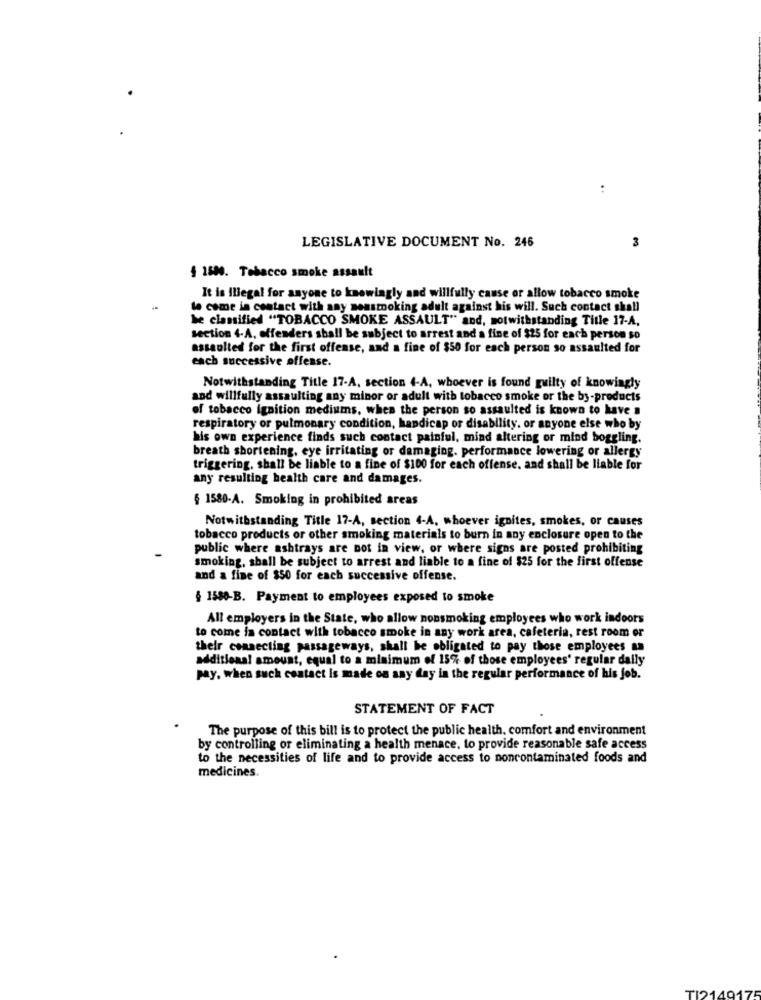
LEGISLATIVE DOCUMENT No. 246
3
§ 1500. Tobacco smoke assault
It is Illegal for anyone to knowingly and willfully cause or allow tobacco smoke
to come in contact with any nonsmoking adult against his will. Such contact shall
be classified "TOBACCO SMOKE ASSAULT" and, notwithstanding Title 17-A,
section 4-A, offenders shall be subject to arrest and a fine of $25 for each person so
assaulted for the first offense, and a fine of $50 for each person so assaulted for
each successive offense.
Notwithstanding Title 17-A, section 4-A, whoever is found guilty of knowingly
and willfully assaulting any minor or adult with tobacco smoke or the by-products
of tobacco ignition mediums, when the person so assaulted is known to have a
respiratory or pulmonary condition, handicap or disability. or anyone else who by
his own experience finds such contact painful, mind altering or mind boggling.
breath shortening, eye irritating or damaging. performance lowering or allergy
triggering, shall be liable to a fine of $100 for each offense, and shall be liable for
any resulting health care and damages.
§ 1580-A. Smoking in prohibited areas
Notwithstanding Title 17-A, section 4-A, whoever ignites, smokes, or causes
tobacco products or other smoking materials to burn in any enclosure open to the
public where ashtrays are not in view, or where signs are posted prohibiting
smoking, shall be subject to arrest and liable to a fine of $25 for the first offense
and a fine of $50 for each successive offense.
§ 1588-B. Payment to employees exposed to smoke
All employers in the State, who allow nonsmoking employees who work indoors
to come in contact with tobacco smoke in any work area, cafeteria, rest room or
their connecting passageways, shall be obligated to pay those employees an
additional amount, equal to a minimum of 15% of those employees' regular daily
pay. when such contact is made on any day in the regular performance of his job.
STATEMENT OF FACT
The purpose of this bill is to protect the public health, comfort and environment
by controlling or eliminating a health menace. to provide reasonable safe access
to the necessities of life and to provide access to noncontaminated foods and
medicines.
TI214917